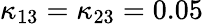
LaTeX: \kappa_{13}=\kappa_{23}=0.05